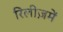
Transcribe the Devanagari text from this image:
रिलीज़में